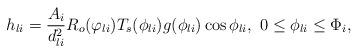
LaTeX: \begin{align*}h_{li} = \frac{A_i}{d^2_{li}}R_o(\varphi_{li})T_s(\phi_{li})g(\phi_{li})\cos\phi_{li},\,\,0\leq\phi_{li}\leq\Phi_i,\end{align*}